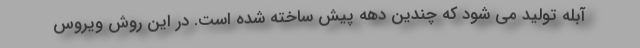
آبله تولید می شود که چندین دهه پیش ساخته شده است. در این روش ویروس